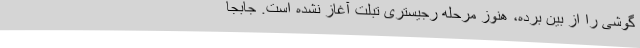
گوشی را از بین برده، هنوز مرحله رجیستری تبلت آغاز نشده است. جابجا